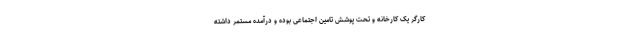
کارگر یک کارخانه و تحت پوشش تامین اجتماعی بوده و درآمده مستمر داشته